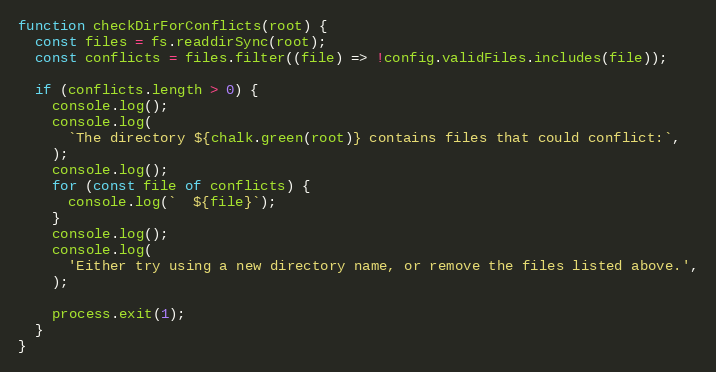
Language: JavaScript
function checkDirForConflicts(root) {
  const files = fs.readdirSync(root);
  const conflicts = files.filter((file) => !config.validFiles.includes(file));

  if (conflicts.length > 0) {
    console.log();
    console.log(
      `The directory ${chalk.green(root)} contains files that could conflict:`,
    );
    console.log();
    for (const file of conflicts) {
      console.log(`  ${file}`);
    }
    console.log();
    console.log(
      'Either try using a new directory name, or remove the files listed above.',
    );

    process.exit(1);
  }
}